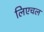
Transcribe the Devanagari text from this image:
लिएचल